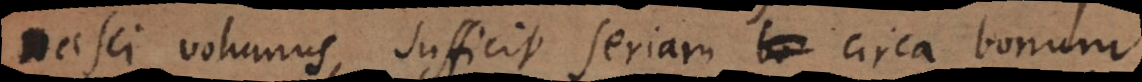
nasci volumus, sufficit seriam circa bonum